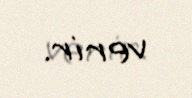
verir.